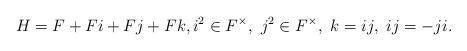
LaTeX: \begin{align*}H = F + F i + F j + Fk, i^2 \in F^\times,\ j^2 \in F^\times,\ k =ij,\ ij = -ji. \end{align*}